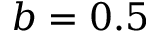
b = 0 . 5